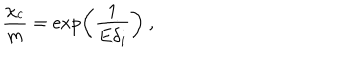
LaTeX: \frac { \chi _ { c } } { m } = \exp \left( \frac { 1 } { E \delta _ { i } } \right) ~ ,